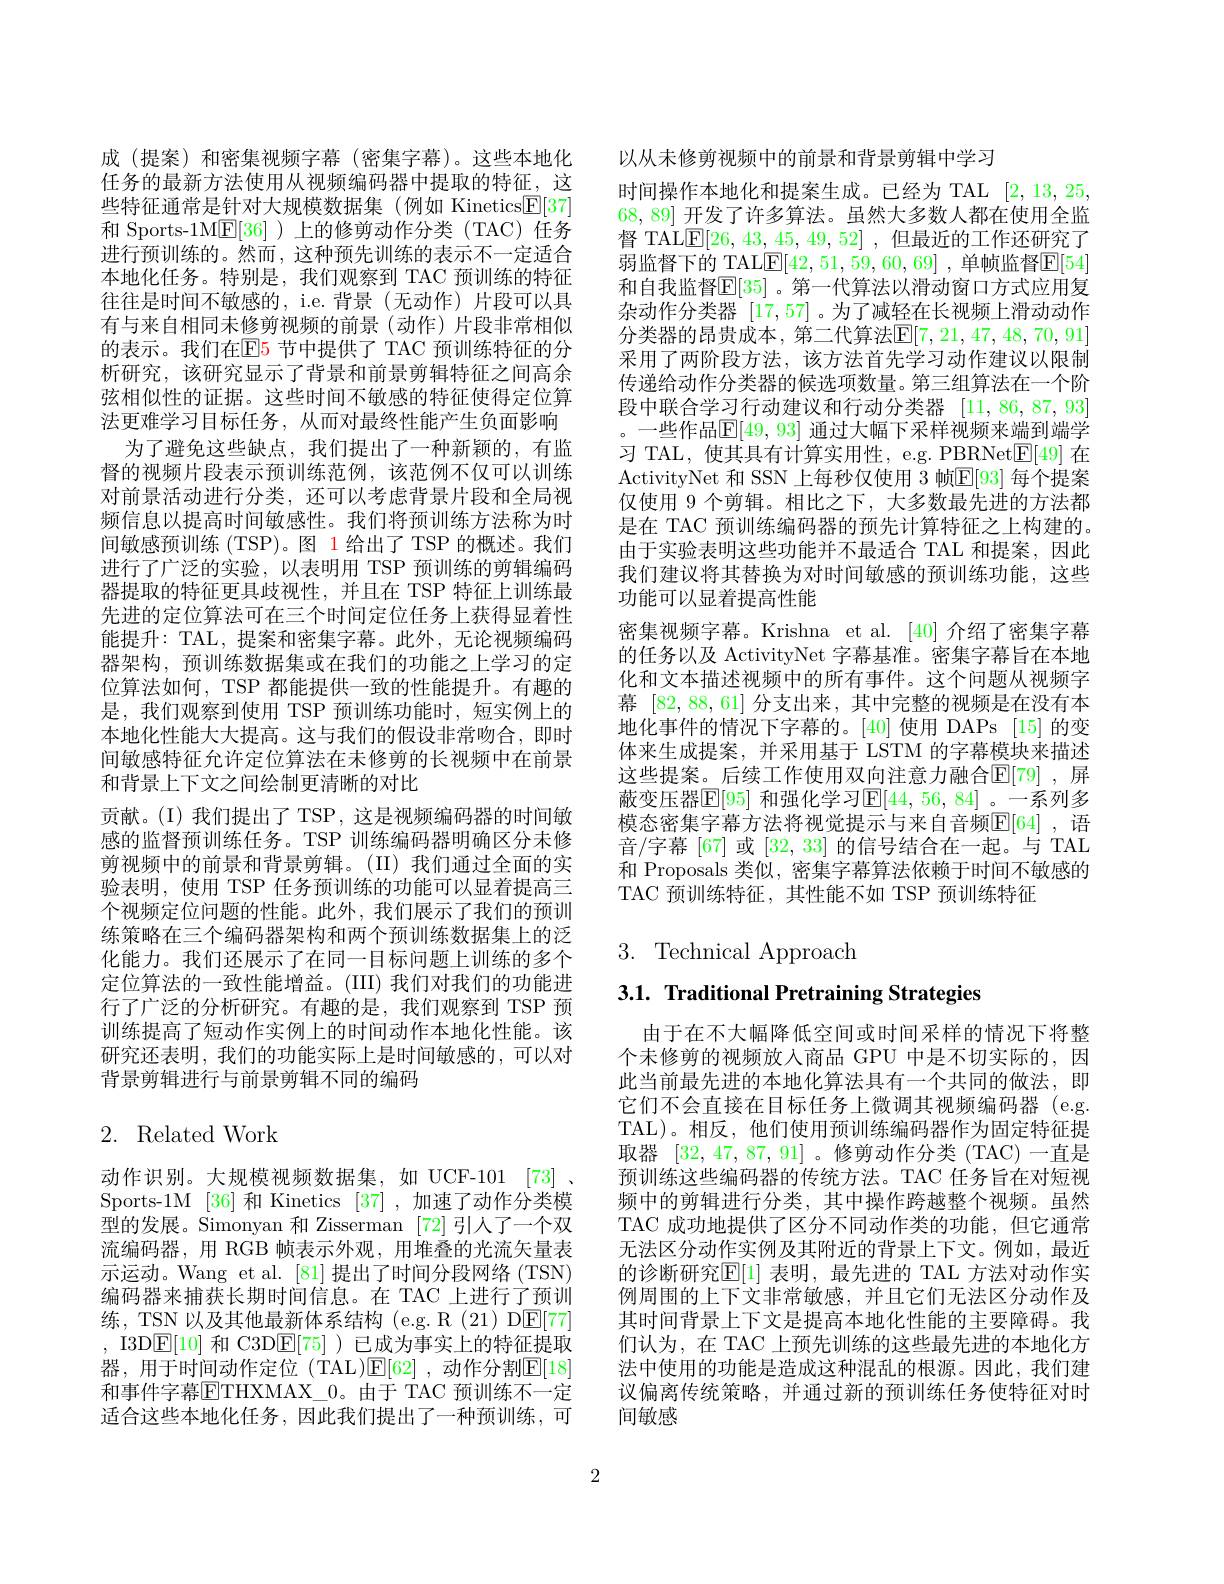
成 (提案)和密集视频字幕 (密集字幕)。这些本地化任务的最新方法使用从视频编码器中提取的特征，这些特征通常是针对大规模数据集(例如 Kinetics$\underline{\mathrm{E}}[37]$ 和 Sports-1ME[36] )上的修剪动作分类(TAC)任务进行预训练的。然而，这种预先训练的表示不一定适合本地化任务。特别是，我们观察到 TAC 预训练的特征往往是时间不敏感的，i.e.背景(无动作)片段可以具有与来自相同未修剪视频的前景(动作)片段非常相似的表示。我们在$\mathbb{E}$5 节中提供了 TAC 预训练特征的分析研究，该研究显示了背景和前景剪辑特征之间高余弦相似性的证据。这些时间不敏感的特征使得定位算法更难学习目标任务，从而对最终性能产生负面影响
为了避免这些缺点，我们提出了一种新颖的，有监督的视频片段表示预训练范例，该范例不仅可以训练对前景活动进行分类，还可以考虑背景片段和全局视频信息以提高时间敏感性。我们将预训练方法称为时间敏感预训练(TSP)。图 1 给出了 TSP 的概述。我们进行了广泛的实验，以表明用 TSP 预训练的剪辑编码器提取的特征更具歧视性，并且在 TSP 特征上训练最先进的定位算法可在三个时间定位任务上获得显着性能提升：TAL,提案和密集字幕。此外，无论视频编码器架构，预训练数据集或在我们的功能之上学习的定位算法如何，TSP 都能提供一致的性能提升。有趣的是，我们观察到使用 TSP 预训练功能时，短实例上的本地化性能大大提高。这与我们的假设非常吻合，即时间敏感特征允许定位算法在未修剪的长视频中在前景和背景上下文之间绘制更清晰的对比
贡献。(I)我们提出了TSP，这是视频编码器的时间敏感的监督预训练任务。TSP 训练编码器明确区分未修剪视频中的前景和背景剪辑。(II)我们通过全面的实验表明，使用 TSP 任务预训练的功能可以显着提高三个视频定位问题的性能。此外，我们展示了我们的预训练策略在三个编码器架构和两个预训练数据集上的泛化能力。我们还展示了在同一目标问题上训练的多个定位算法的一致性能增益。(III)我们对我们的功能进行了广泛的分析研究。有趣的是，我们观察到 TSP 预训练提高了短动作实例上的时间动作本地化性能。该研究还表明，我们的功能实际上是时间敏感的，可以对背景剪辑进行与前景剪辑不同的编码

# 2. Related Work

动作识别。大规模视频数据集，如 UCF-101 [73] , Sports-1M [36] 和 Kinetics [37] ,加速了动作分类模型的发展。Simonyan 和 Zisserman [72] 引人了一个双流编码器，用 RGB 帧表示外观，用堆叠的光流矢量表示运动。Wang et al. [81] 提出了时间分段网络 (TSN) 编码器来捕获长期时间信息。在 TAC 上进行了预训练，TSN 以及其他最新体系结构 (e.g. R (21) DE[77] , I3D$\underline{\mathrm{E}}[10]$和 C3D$\underline{\mathrm{E}}[75]$ )已成为事实上的特征提取器，用于时间动作定位(TAL)$\mathbb{E}[62]$,动作分割$\mathbb{E}[18]$ 和事件字幕$\overline{\mathrm{E}}$THXMAX\_0。由于 TAC 预训练不一定适合这些本地化任务，因此我们提出了一种预训练，可

以从未修剪视频中的前景和背景剪辑中学习
时间操作本地化和提案生成。已经为 TAL [2,13,25, 68,89]开发了许多算法。虽然大多数人都在使用全监督 TALE[26,43,45,49,52] ,但最近的工作还研究了弱监督下的 TAL$\underline{\mathrm{E}}[42,51,59,60,69]$ ,单帧监督$\underline{\mathrm{E}}[54]$ 和自我监督$\overline{\mathrm{E}}[35]$ 。第一代算法以滑动窗口方式应用复杂动作分类器[17,57]。为了减轻在长视频上滑动动作分类器的昂贵成本，第二代算法$\mathbb{E}[7,21,47,48,70,91]$ 采用了两阶段方法，该方法首先学习动作建议以限制传递给动作分类器的候选项数量。第三组算法在一个阶段中联合学习行动建议和行动分类器[11,86,87,93] 。一些作品$\mathbb{E}[49,93]$ 通过大幅下采样视频来端到端学习 TAL, 使其具有计算实用性，e.g. PBRNet$\underline{\mathrm{E}}[49]$在ActivityNet 和 SSN 上每秒仅使用 3 帧$\overline{\mathrm{E}}[93]$ 每个提案仅使用 9 个剪辑。相比之下，大多数最先进的方法都是在 TAC 预训练编码器的预先计算特征之上构建的。由于实验表明这些功能并不最适合 TAL 和提案，因此我们建议将其替换为对时间敏感的预训练功能，这些功能可以显着提高性能
密集视频字幕。Krishna et al. [40] 介绍了密集字幕的任务以及 ActivityNet 字幕基准。密集字幕旨在本地化和文本描述视频中的所有事件。这个问题从视频字幕[82,88,61]分支出来，其中完整的视频是在没有本地化事件的情况下字幕的。[40] 使用 DAPs [15] 的变体来生成提案，并采用基于 LSTM 的字幕模块来描述这些提案。后续工作使用双向注意力融合$\mathbb{E}[79]$ ,屏蔽变压器$\mathbb{E}[95]$ 和强化学习$\mathbb{E}[44,56,84]$ 。一系列多模态密集字幕方法将视觉提示与来自音频$\mathbb{E}[64]$ ,语音/字幕 [67] 或[32,33]的信号结合在一起。与 TAL 和 Proposals 类似，密集字幕算法依赖于时间不敏感的TAC 预训练特征，其性能不如 TSP 预训练特征

# 3. Technical Approach

3.1. Traditional Pretraining Strategies

由于在不大幅降低空间或时间采样的情况下将整个未修剪的视频放入商品 GPU 中是不切实际的，因此当前最先进的本地化算法具有一个共同的做法，即它们不会直接在目标任务上微调其视频编码器 (e.g. TAL)。相反，他们使用预训练编码器作为固定特征提取器[32,47,87,91] 。修剪动作分类 (TAC)一直是预训练这些编码器的传统方法。TAC 任务旨在对短视频中的剪辑进行分类，其中操作跨越整个视频。虽然TAC 成功地提供了区分不同动作类的功能，但它通常无法区分动作实例及其附近的背景上下文。例如，最近的诊断研究$\mathbb{E}[1]$ 表明，最先进的 TAL 方法对动作实例周围的上下文非常敏感，并且它们无法区分动作及其时间背景上下文是提高本地化性能的主要障碍。我们认为，在 TAC 上预先训练的这些最先进的本地化方法中使用的功能是造成这种混乱的根源。因此，我们建议偏离传统策略，并通过新的预训练任务使特征对时间敏感

2